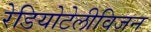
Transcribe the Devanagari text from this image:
रेडियोटेलीविजन